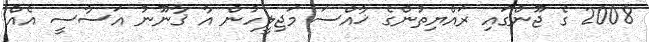
2008 ގެ ޖޫންގައި ރައްޔިތުންގެ ޚާއްސަ މަޖިލީހުން އާ ޤާނޫނު އަސާސީ އެއް